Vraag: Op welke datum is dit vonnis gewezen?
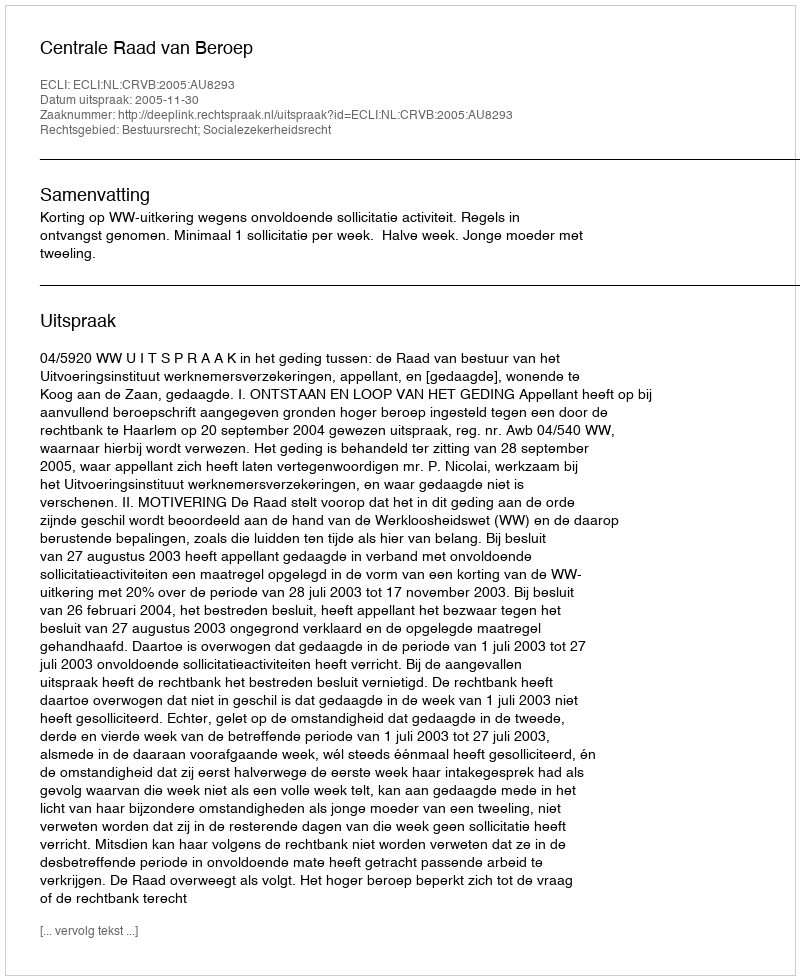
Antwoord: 2005-11-30